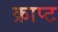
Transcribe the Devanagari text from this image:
क्राप्ट